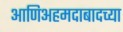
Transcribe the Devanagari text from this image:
आणिअहमदाबादच्या